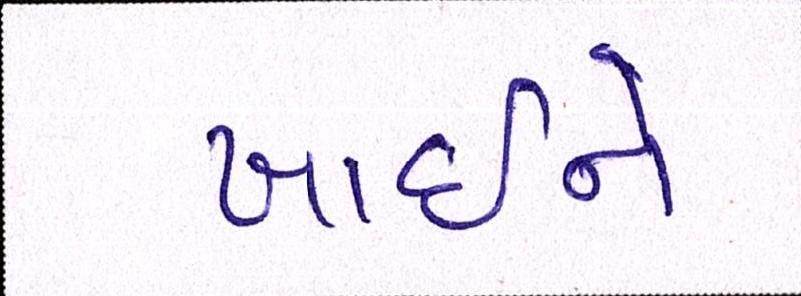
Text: ખાઇને